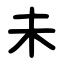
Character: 未